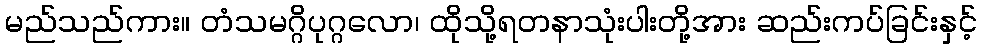
မည်သည်ကား။ တံသမဂ္ဂိပုဂ္ဂလော၊ ထိုသို့ရတနာသုံးပါးတို့အား ဆည်းကပ်ခြင်းနှင့်